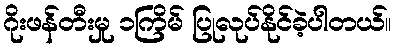
ဂိုးဖန်တီးမှု ၁ကြိမ် ပြုလုပ်နိုင်ခဲ့ပါတယ်။